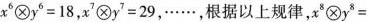
$$x^{6}⊗y^{6}=18$$，$$x^{7}⊗y^{7}=29$$，……，根据以上规律，$$x^{8}⊗y^{8}=$$